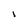
Character: 1